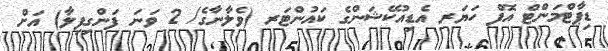
ޑިޕާޓްމަންޓް އޮފް ހަޔަރ އެޑިއުކޭޝަންގެ ކައުންޓަރ (ވެލާނާގެ/ 2 ވަނަ ފަންގިފިލާ) އަށް